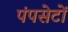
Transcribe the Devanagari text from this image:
पंपसेटों